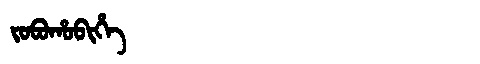
Manchu: ᠵᠣᠪᠣᡥᠣᠪᡳᡥᡝ
Romanization: JOBOHOBIHE